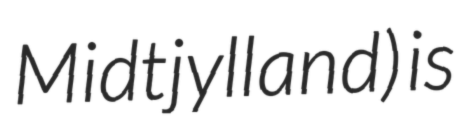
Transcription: Midtjylland) is